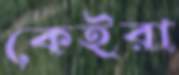
কেইরা